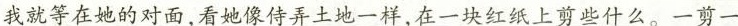
\underline{我就等在她的对面，看她像侍弄土地一样，在一块红纸上剪些什么 }。一剪一